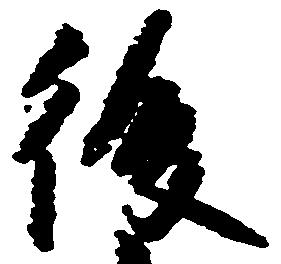
後